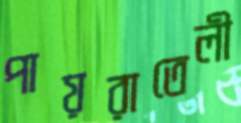
পায়রাতেলী